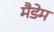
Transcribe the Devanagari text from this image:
मैडेम